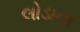
લોડાના